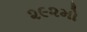
૨૯૨મો